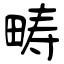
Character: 畴